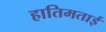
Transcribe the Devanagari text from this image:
हातिमताई